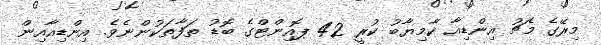
މިރޭގެ މެޗު އިންޑިއާ ކާމިޔާބު ކުރީ 42 ޕޮއިންޓްގެ ބޮޑު ތަފާތަކުންނެވެ. އިންޑިއާއިން